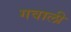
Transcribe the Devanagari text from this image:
गवाली